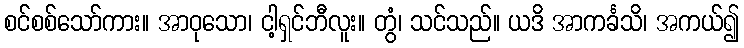
စင်စစ်သော်ကား။ အာဝုသော၊ ငါ့ရှင်ဘီလူး။ တွံ၊ သင်သည်။ ယဒိ အာကင်္ခသိ၊ အကယ်၍